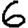
Digit: 6